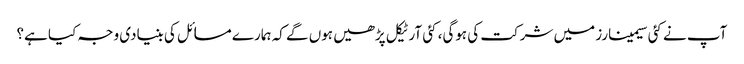
آپ نے کئی سیمینارز میں شرکت کی ہوگی، کئی آرٹیکل پڑھیں ہوں گے کہ ہمارے مسائل کی بنیادی وجہ کیا ہے؟